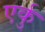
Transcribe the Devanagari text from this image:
एर्कु